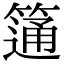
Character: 𥲆